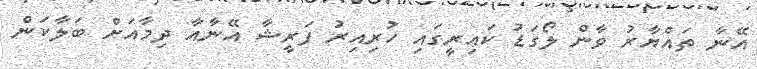
އޭނާ ތައްޔާރު ވާން ލޯގަޑު ކައިރީގައި ހުރިއިރު ފަރީޝާ އޭނާއާ ދިމާއަށް ބަލާކަން